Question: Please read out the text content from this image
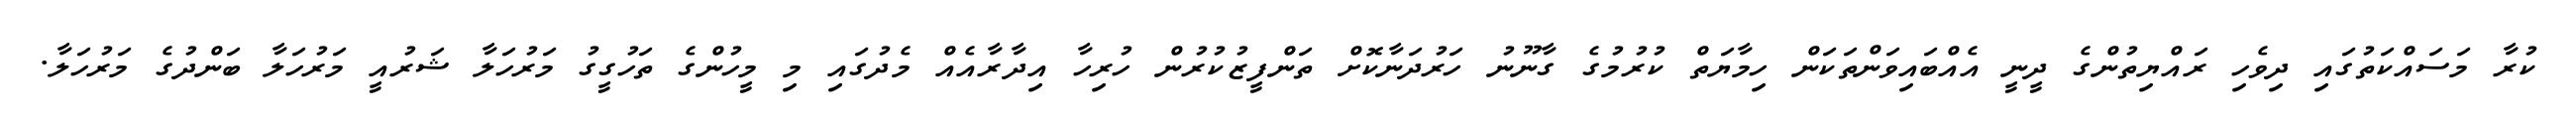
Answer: ކުރާ މަސައްކަތުގައި ދިވެހި ރައްޔިތުންގެ ދީނީ އެއްބައިވަންތަކަން ހިމާޔަތް ކުރުމުގެ ގާނޫނު ހަރުދަނާކޮށް ތަންފީޒުކުރުން ހުރިހާ އިދާރާއެއް މެދުގައި މި މީހުންގެ ތަހުގީގު މަރުހަލާ ޝަރުއީ މަރުހަލާ ބަންދުގެ މަރުހަލާ.